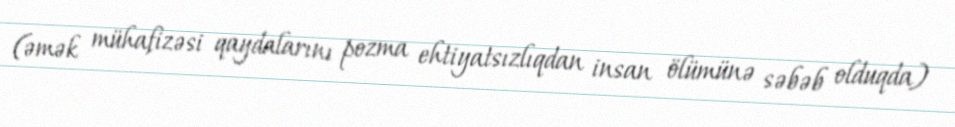
(əmək mühafizəsi qaydalarını pozma ehtiyatsızlıqdan insan ölümünə səbəb olduqda)